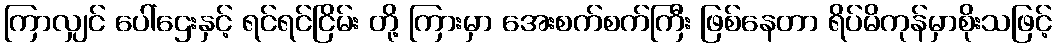
ကြာလျှင် ပေါ်ဌေးနှင့် ရင်ရင်ငြိမ်း တို့ ကြားမှာ အေးစက်စက်ကြီး ဖြစ်နေတာ ရိပ်မိကုန်မှာစိုးသဖြင့်